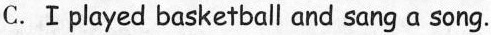
C.Ⅰplayed basketball and sang a song.